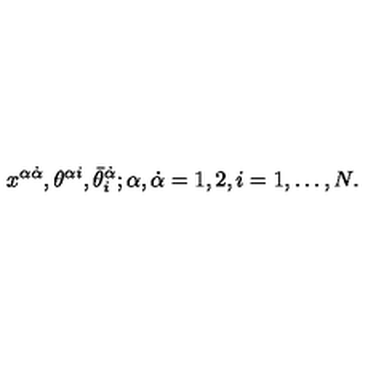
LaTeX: x ^ { \alpha \dot { \alpha } } , \theta ^ { \alpha i } , \bar { \theta } _ { i } ^ { \dot { \alpha } } ; \alpha , \dot { \alpha } = 1 , 2 , i = 1 , \dots , N .